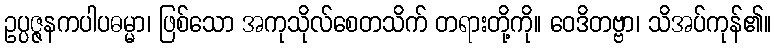
ဥပ္ပဇ္ဇနကပါပဓမ္မာ၊ ဖြစ်သော အကုသိုလ်စေတသိက် တရားတို့ကို။ ဝေဒိတဗ္ဗာ၊ သိအပ်ကုန်၏။